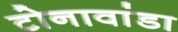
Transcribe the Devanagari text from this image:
टोनावांडा